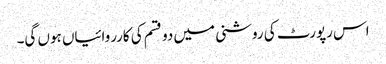
اس رپورٹ کی روشنی میں دو قسم کی کارروائیاں ہوں گی۔